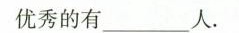
优秀的有___人.